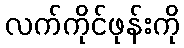
လက်ကိုင်ဖုန်းကို